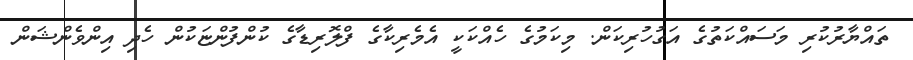
ތައްޔާރުކުރި މަސައްކަތުގެ އަގުހުރިކަން. މިކަމުގެ ހެއްކަކީީ އެމެރިކާގެ ފްލޮރިޑާގެ ކުންފުންޏަކުން ހެދި އިންވެންޝަން